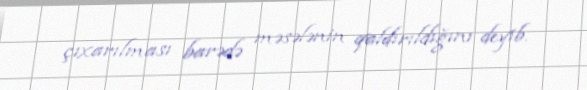
çıxarılması barədə məsələnin qaldırıldığını deyib.